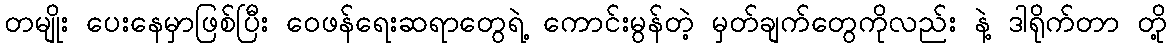
တမျိုး ပေးနေမှာဖြစ်ပြီး ဝေဖန်ရေးဆရာတွေရဲ့ ကောင်းမွန်တဲ့ မှတ်ချက်တွေကိုလည်း နဲ့ ဒါရိုက်တာ တို့